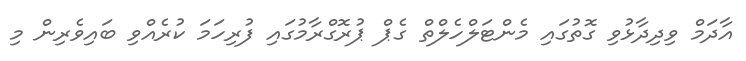
އާދަމް ވިދިދާޅުވި ގޮތުގައި މެންޓަލްހެލްތް ގެޕް ޕުރޮގްރާމުގައި ފުރިިހަމަ ކުރެއްވި ބައިވެރިން މި